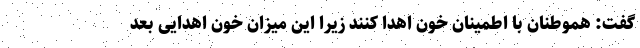
گفت: هموطنان با اطمینان خون اهدا کنند زیرا این میزان خون اهدایی بعد